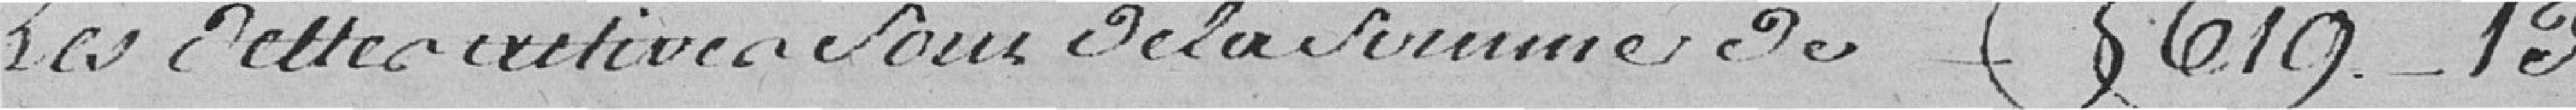
Les dettes actives sous de la somme de 5619 13